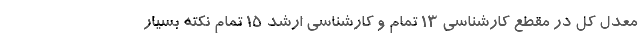
معدل کل در مقطع کارشناسی 13 تمام و کارشناسی ارشد 15 تمام نکته بسیار